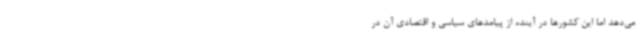
می‌دهد اما این کشورها در آینده از پیامدهای سیاسی و اقتصادی آن در